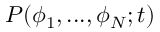
P ( \phi _ { 1 } , . . . , \phi _ { N } ; t )